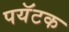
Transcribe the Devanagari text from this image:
पयॅटक